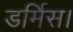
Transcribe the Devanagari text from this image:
डर्मिस।